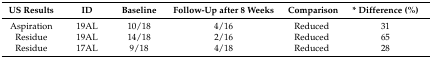
<table><thead><tr><td><b>US Results</b></td><td><b>ID</b></td><td><b>Baseline</b></td><td><b>Follow-Up after 8 Weeks</b></td><td><b>Comparison</b></td><td><b>* Difference (%)</b></td></tr></thead><tbody><tr><td>Aspiration</td><td>19AL</td><td>10/18</td><td>4/16</td><td>Reduced</td><td>31</td></tr><tr><td>Residue</td><td>19AL</td><td>14/18</td><td>2/16</td><td>Reduced</td><td>65</td></tr><tr><td>Residue</td><td>17AL</td><td>9/18</td><td>4/18</td><td>Reduced</td><td>28</td></tr></tbody></table>